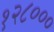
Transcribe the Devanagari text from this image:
१२८०००